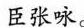
臣张咏。